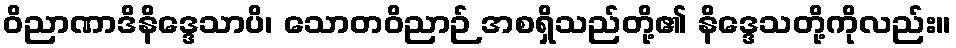
ဝိညာဏာဒိနိဒ္ဒေသာပိ၊ သောတဝိညာဉ် အစရှိသည်တို့၏ နိဒ္ဒေသတို့ကိုလည်း။